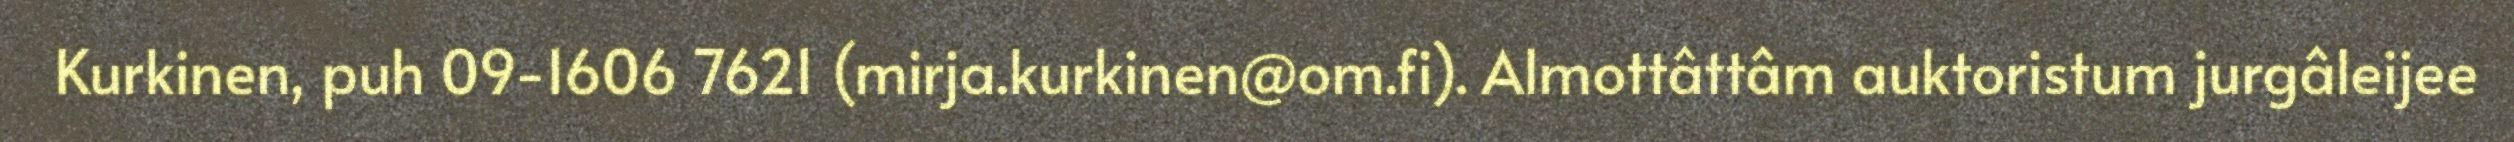
Kurkinen, puh 09-1606 7621 (mirja.kurkinen@om.fi). Almottâttâm auktoristum jurgâleijee